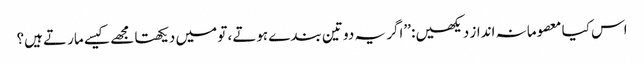
اس کیا معصومانہ انداز دیکھیں: ’’اگر یہ دو تین بندے ہوتے، تو میں دیکھتا مجھے کیسے مارتے ہیں؟